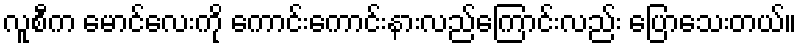
လူစီက မောင်လေးကို ကောင်းကောင်းနားလည်ကြောင်းလည်း ပြောသေးတယ်။